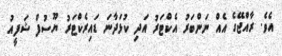
އެވެ. ރާއްޖޭގެ އެއް ނަންބަރު އެކްޓަރު އަދި ކުޅަދާނަ ޑައިރެކްޓަރު ޔޫސުފް ޝަފީއު